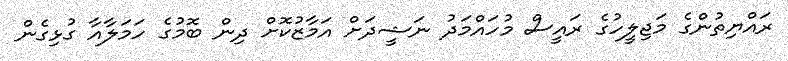
ރައްޔިތުންގެ މަޖިލީހުގެ ރައީސް މުހައްމަދު ނަޝީދަށް އަމާޒުކޮށް ދިން ބޮމުގެ ހަމަލާއާ ގުޅިގެން